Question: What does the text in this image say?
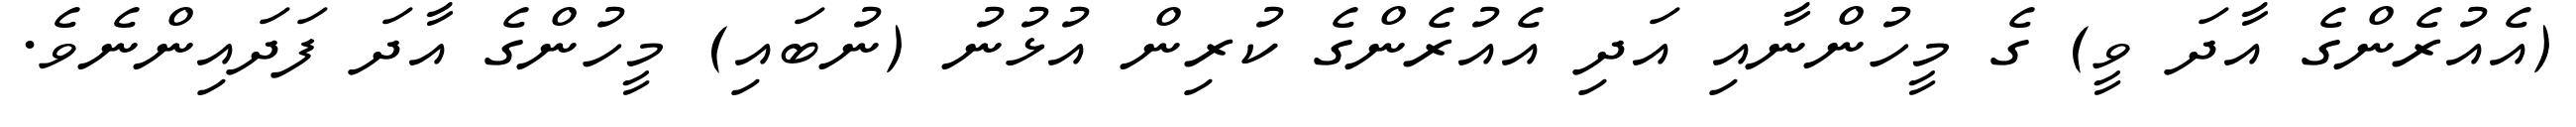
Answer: (އެއުރެންގެ އާދަ ވީ) ގެ މީހުންނާއި އަދި އެއުރެންގެ ކުރިން އުޅުނު (ނުބައި) މީހުންގެ އާދަ ފަދައިންނެވެ.